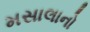
મસાલાનો